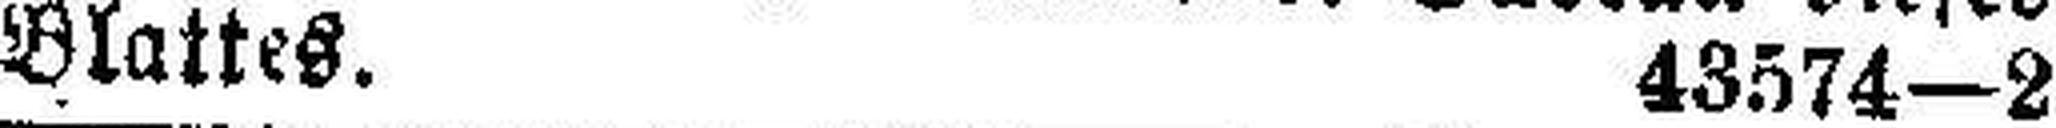
Blattes. 43574—2